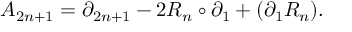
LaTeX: { \cal A } _ { 2 n + 1 } = \partial _ { 2 n + 1 } - 2 R _ { n } \circ \partial _ { 1 } + ( \partial _ { 1 } R _ { n } ) .